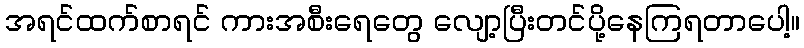
အရင်ထက်စာရင် ကားအစီးရေတွေ လျော့ပြီးတင်ပို့နေကြရတာပေါ့။